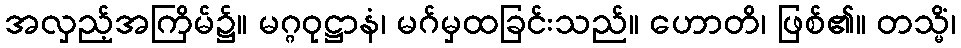
အလှည့်အကြိမ်၌။ မဂ္ဂဝုဋ္ဌာနံ၊ မဂ်မှထခြင်းသည်။ ဟောတိ၊ ဖြစ်၏။ တသ္မိံ၊